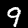
Label: 9